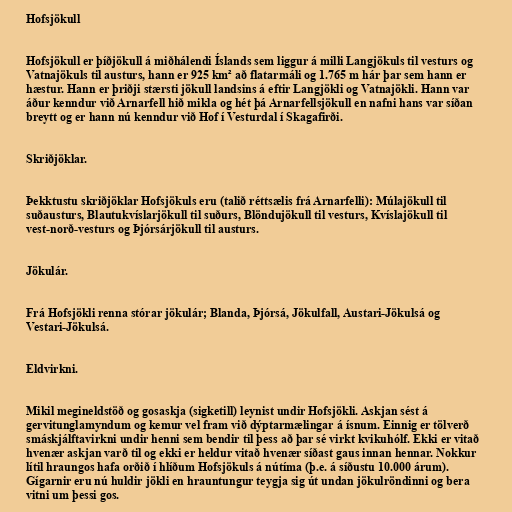
Hofsjökull

Hofsjökull er þíðjökull á miðhálendi Íslands sem liggur á milli Langjökuls til vesturs og
Vatnajökuls til austurs, hann er 925 km² að flatarmáli og 1.765 m hár þar sem hann er
hæstur. Hann er þriðji stærsti jökull landsins á eftir Langjökli og Vatnajökli. Hann var
áður kenndur við Arnarfell hið mikla og hét þá Arnarfellsjökull en nafni hans var síðan
breytt og er hann nú kenndur við Hof í Vesturdal í Skagafirði.

Skriðjöklar.

Þekktustu skriðjöklar Hofsjökuls eru (talið réttsælis frá Arnarfelli): Múlajökull til
suðausturs, Blautukvíslarjökull til suðurs, Blöndujökull til vesturs, Kvíslajökull til
vest-norð-vesturs og Þjórsárjökull til austurs.

Jökulár.

Frá Hofsjökli renna stórar jökulár; Blanda, Þjórsá, Jökulfall, Austari-Jökulsá og
Vestari-Jökulsá.

Eldvirkni.

Mikil megineldstöð og gosaskja (sigketill) leynist undir Hofsjökli. Askjan sést á
gervitunglamyndum og kemur vel fram við dýptarmælingar á ísnum. Einnig er tölverð
smáskjálftavirkni undir henni sem bendir til þess að þar sé virkt kvikuhólf. Ekki er vitað
hvenær askjan varð til og ekki er heldur vitað hvenær síðast gaus innan hennar. Nokkur
lítil hraungos hafa orðið í hlíðum Hofsjökuls á nútíma (þ.e. á síðustu 10.000 árum).
Gígarnir eru nú huldir jökli en hrauntungur teygja sig út undan jökulröndinni og bera
vitni um þessi gos.